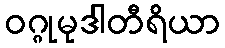
ဝဂ္ဂုမုဒါတီရိယာ